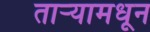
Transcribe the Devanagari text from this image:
तार्‍यामधून